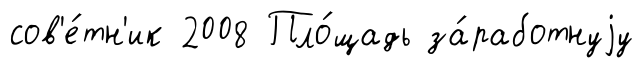
сов'е́тн'ик 2008 Пло́щадь за́работнуjу